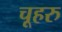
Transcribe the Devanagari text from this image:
चूहरु